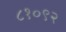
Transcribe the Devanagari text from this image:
८१०९२